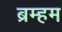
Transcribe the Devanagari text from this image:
ब्रम्हम